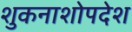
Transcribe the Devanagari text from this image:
शुकनाशोपदेश